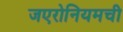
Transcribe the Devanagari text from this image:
जएरोनियमची